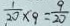
\frac { 1 } { 2 0 } \times 9 = \frac { 9 } { 2 0 }